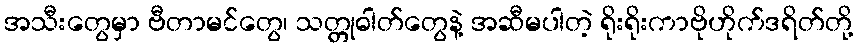
အသီးတွေမှာ ဗီတာမင်တွေ၊ သတ္တုဓါတ်တွေနဲ့ အဆီမပါတဲ့ ရိုးရိုးကာဗိုဟိုက်ဒရိတ်တို့